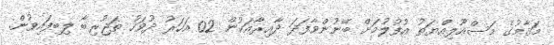
މަޤާމުގެ މަސްއޫލިއްޔަތު އުފުލުމަށް ބޭނުންވާފަދަ ދާއިރާއަކުން 02 އަހަރު ދުވަހު ތަޖުރިބާ ލިބިފައިވުން.